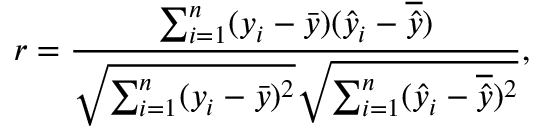
r = \frac { \sum _ { i = 1 } ^ { n } ( y _ { i } - \bar { y } ) ( \hat { y } _ { i } - \overline { { \hat { y } } } ) } { \sqrt { \sum _ { i = 1 } ^ { n } ( y _ { i } - \bar { y } ) ^ { 2 } } \sqrt { \sum _ { i = 1 } ^ { n } ( \hat { y } _ { i } - \overline { { \hat { y } } } ) ^ { 2 } } } ,